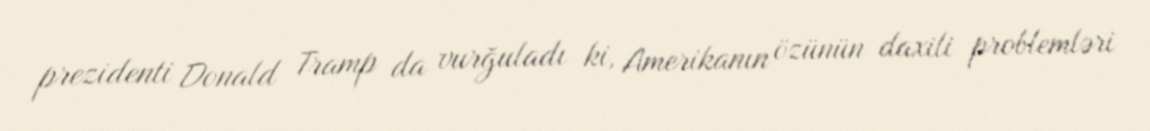
prezidenti Donald Tramp da vurğuladı ki, Amerikanın özünün daxili problemləri